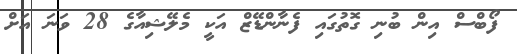
ފޯބްސް އިން ބުނި ގޮތުގައި ފެނާންޑޭޒް އަކީ މެލޭޝިއާގެ 28 ވަނަ އަށް